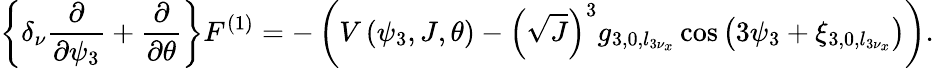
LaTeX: \left\{ \delta_{\nu}\frac{\partial}{\partial\psi_{3}}+\frac{\partial}{\partial\theta}\right\} F^{(1)}=-\left(V\left(\psi_{3},J,\theta\right)-\left(\sqrt J\right)^{3}g_{3,0,l_{3\nu_{x}}}\cos{\left(3\psi_{3}+\xi_{3,0,l_{3\nu_{x}}}\right)}\right).